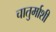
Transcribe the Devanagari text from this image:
चातुर्माशी